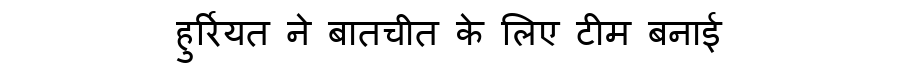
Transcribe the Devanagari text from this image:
हुर्रियत ने बातचीत के लिए टीम बनाई